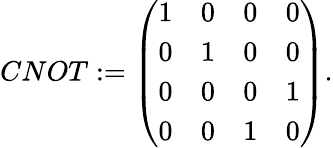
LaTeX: CNOT:={\left(\begin{array}{llll}{1}&{0}&{0}&{0}\\ {0}&{1}&{0}&{0}\\ {0}&{0}&{0}&{1}\\ {0}&{0}&{1}&{0}\end{array}\right)}.